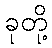
ခုတို့